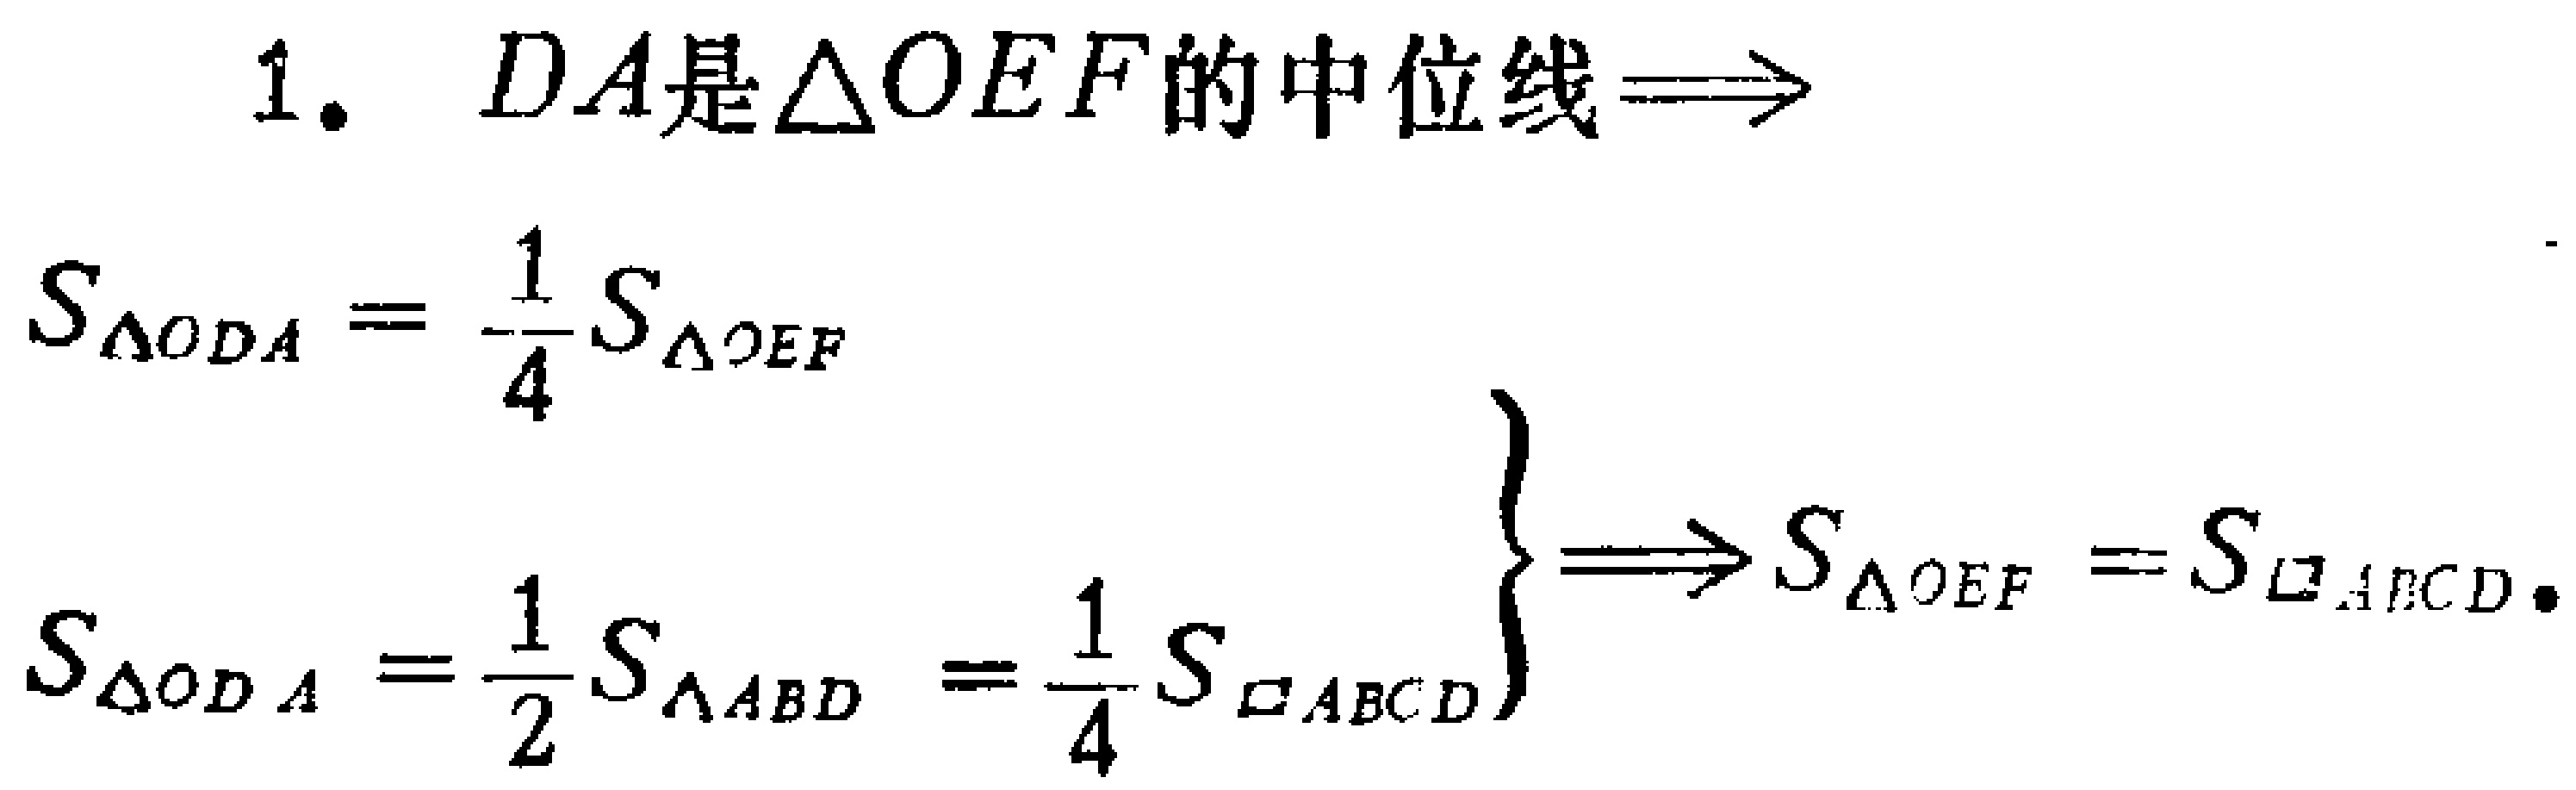
1. \(DA是\triangle OEF的中位线\Rightarrow\)

\(S_{\triangle ODA}=\frac{1}{4}S_{\triangle OEF}\)

\(\left.\begin{array}{l}

S_{\triangle ODA}=\frac{1}{2}S_{\triangle ABD}=\frac{1}{4}S_{\square ABCD}

\end{array}\right\}\Rightarrow S_{\triangle OEF}=S_{\square ABCD}\)